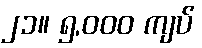
၂၁။ ၅,၀၀၀ ကျပ်